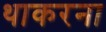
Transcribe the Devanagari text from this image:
थाकरना